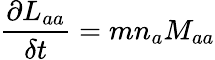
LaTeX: \frac{\partial L_{aa}}{\delta t}=mn_{a}M_{aa}